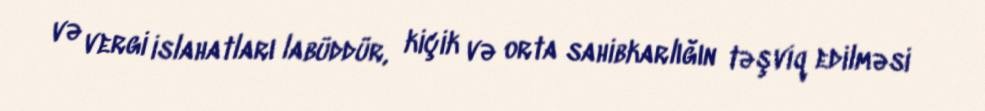
və vergi islahatları labüddür, kiçik və orta sahibkarlığın təşviq edilməsi